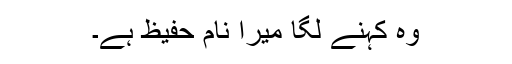
وہ کہنے لگا میرا نام حفیظ ہے۔